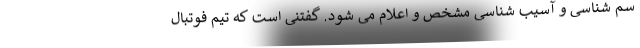
سم شناسی و آسیب شناسی مشخص و اعلام می شود. گفتنی است که تیم فوتبال